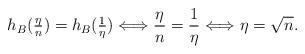
LaTeX: \begin{align*}h_B(\tfrac{\eta}{n}) = h_B(\tfrac{1}{\eta})\Longleftrightarrow \frac{\eta}{ n} = \frac{1}{\eta}\Longleftrightarrow \eta = \sqrt{ n}.\end{align*}